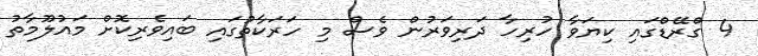
4 ގްރޭޑްގައި ކިޔަވާ ހުރިހާ ދަރިވަރުން ވެސް މި ހަރަކާތުގައި ބައިވެރިކޮށް މައުލޫމާތު